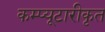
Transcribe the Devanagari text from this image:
कम्प्यूटारीकृत